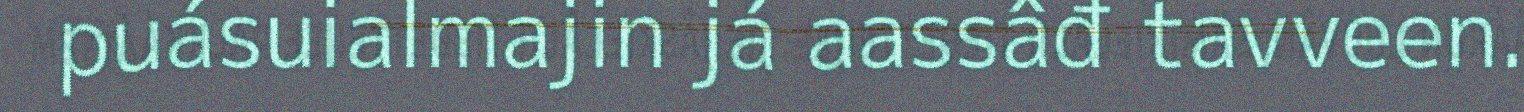
puásuialmajin já aassâđ tavveen.